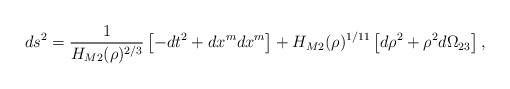
LaTeX: \begin{align*}ds^{2} = \frac{1}{H_{M2}(\rho)^{2/3}} \left[ -dt^{2} +dx^{m}dx^{m} \right] + H_{M2}(\rho)^{1/11} \left[ d\rho^{2} + \rho^{2}d\Omega_{23} \right] ,\end{align*}